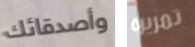
وأصدقائك تمريرة